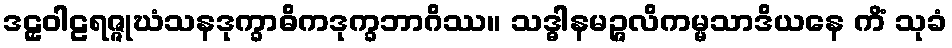
ဒဠှဝါဠရဇ္ဇုဃံသနဒုက္ခာဓိကဒုက္ခဘာဂိဿ။ သဒ္ဓါနမဉ္ဇလိကမ္မသာဒိယနေ ကိံ သုခံ